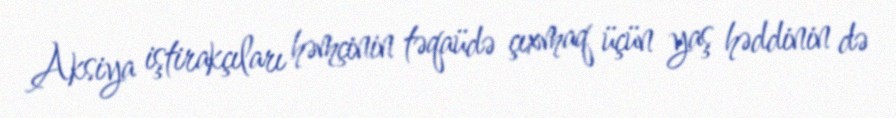
Aksiya iştirakçıları həmçinin təqaüdə çıxmaq üçün yaş həddinin də